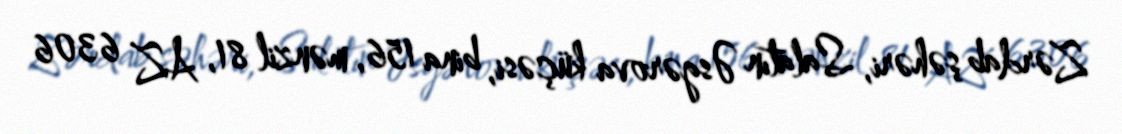
Zərdab şəhəri, Salatın Əsgərova küçəsi, bina 156, mənzil 81, AZ 6306